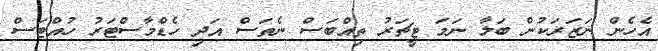
އެހެން ނަޒަރަކުން ބަލާ ނަމަ ޓީޗަރު ތިއްބަސް ނެތަސް އަދި ހެޑްމާސްޓަރު ހުއްޓަސް